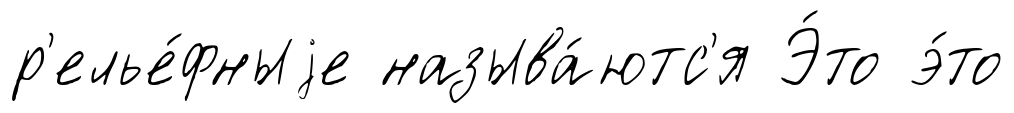
р'елье́фныjе называ́ютс'я Э́то э́то